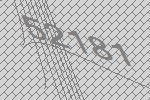
52181